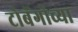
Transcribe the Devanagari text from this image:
टोबॅगोच्या